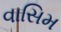
વાસિમ